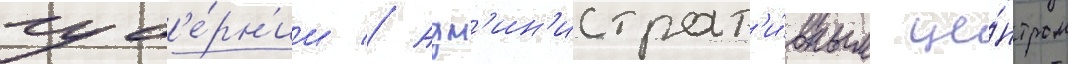
губ'е́рн'ии // Адм'ин'истрат'и́вным це́нтром